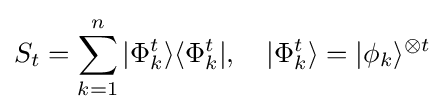
S_{t}=\displaystyle \sum _{k=1}^{n}|\Phi _{k}^{t}\rangle \langle \Phi _{k}^{t}|,\quad |\Phi _{k}^{t}\rangle =|\phi _{k}\rangle ^{\otimes t}